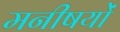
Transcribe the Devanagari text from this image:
मनीषयों